Annual report of the Punjab Veterinary College and of the Civil Veterinary Department, Punjab - 1920-1925
Year: 1920
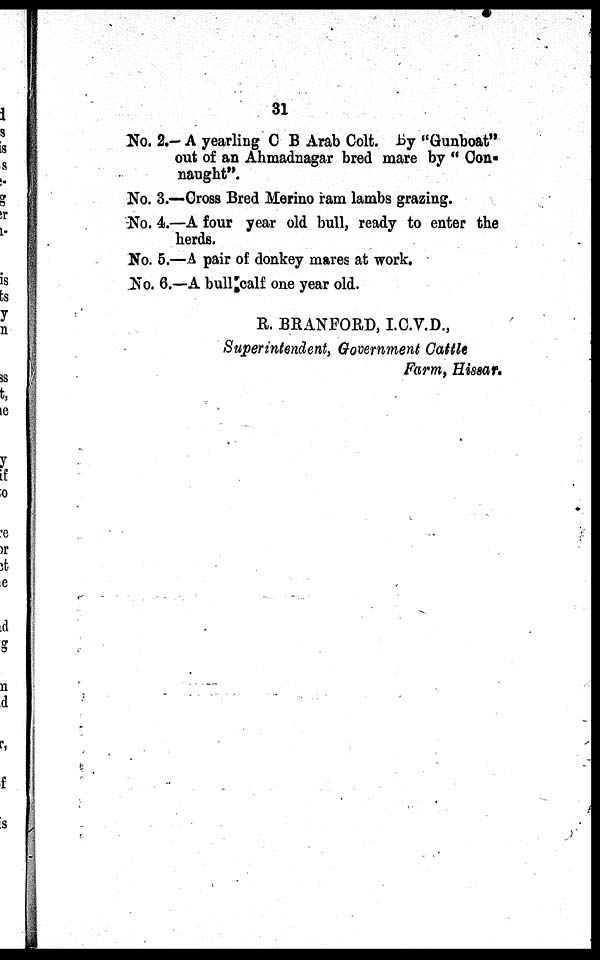
31
No. 2.-A yearling C B Arab Colt. By "Gunboat"
out of an Ahmadnagar bred mare by "Con-
naught".
No. 3.—Cross Bred Merino ram lambs grazing.
No. 4.—A four year old bull, ready to enter the
herds.
No. 5.—A pair of donkey mares at work.
No. 6.—A bull calf one year old.
R. BRANFORD, I.C.V.D.,
Superintendent, Government Cattle
Farm, Hissar.